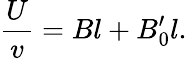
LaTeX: \frac{U}{v}=Bl+B_{0}^{\prime}l.